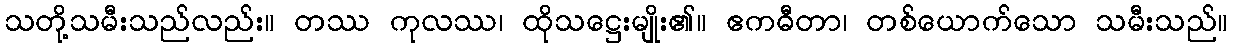
သတို့သမီးသည်လည်း။ တဿ ကုလဿ၊ ထိုသဋ္ဌေးမျိုး၏။ ဧကဓီတာ၊ တစ်ယောက်သော သမီးသည်။